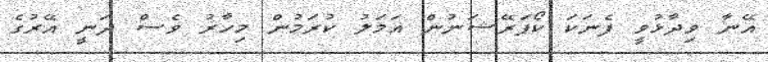
އޭނާ ވިދާޅުވީ ފެނަކަ ކޯޕަރޭޝަނުން އަމަލު ކުރަމުން މިހާރު ވެސް ދަނީ އޭރުގެ